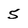
Character: 5